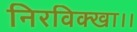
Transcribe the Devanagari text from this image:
निरविक्खा।।